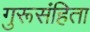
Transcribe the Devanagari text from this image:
गुरूसंहिता